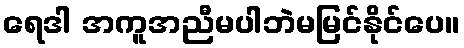
ရေဒါ အကူအညီမပါဘဲမမြင်နိုင်ပေ။